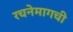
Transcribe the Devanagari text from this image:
रचनेमागची